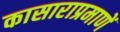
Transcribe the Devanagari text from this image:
कासाराप्रमाणें